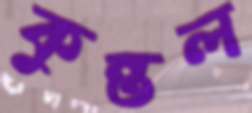
কুন্তল